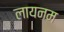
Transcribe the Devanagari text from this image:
लायनम